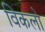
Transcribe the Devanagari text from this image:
विकलो